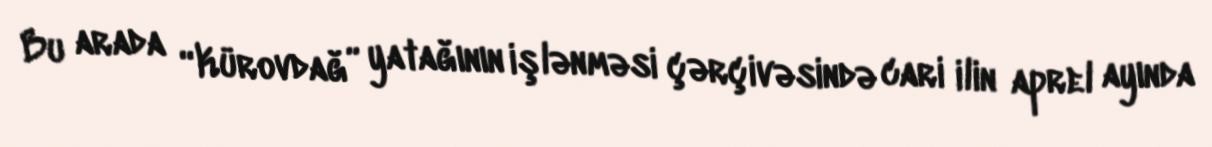
Bu arada “Kürovdağ” yatağının işlənməsi çərçivəsində cari ilin aprel ayında